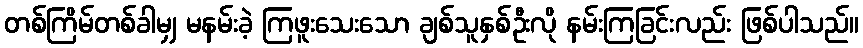
တစ်ကြိမ်တစ်ခါမျှ မနမ်းခဲ့ ကြဖူးသေးသော ချစ်သူနှစ်ဦးလို နမ်းကြခြင်းလည်း ဖြစ်ပါသည်။